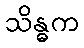
သိန္ဓက